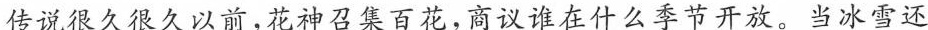
传说很久很久以前，花神召集百花，商议谁在什么季节开放。当冰雪还